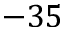
- 3 5